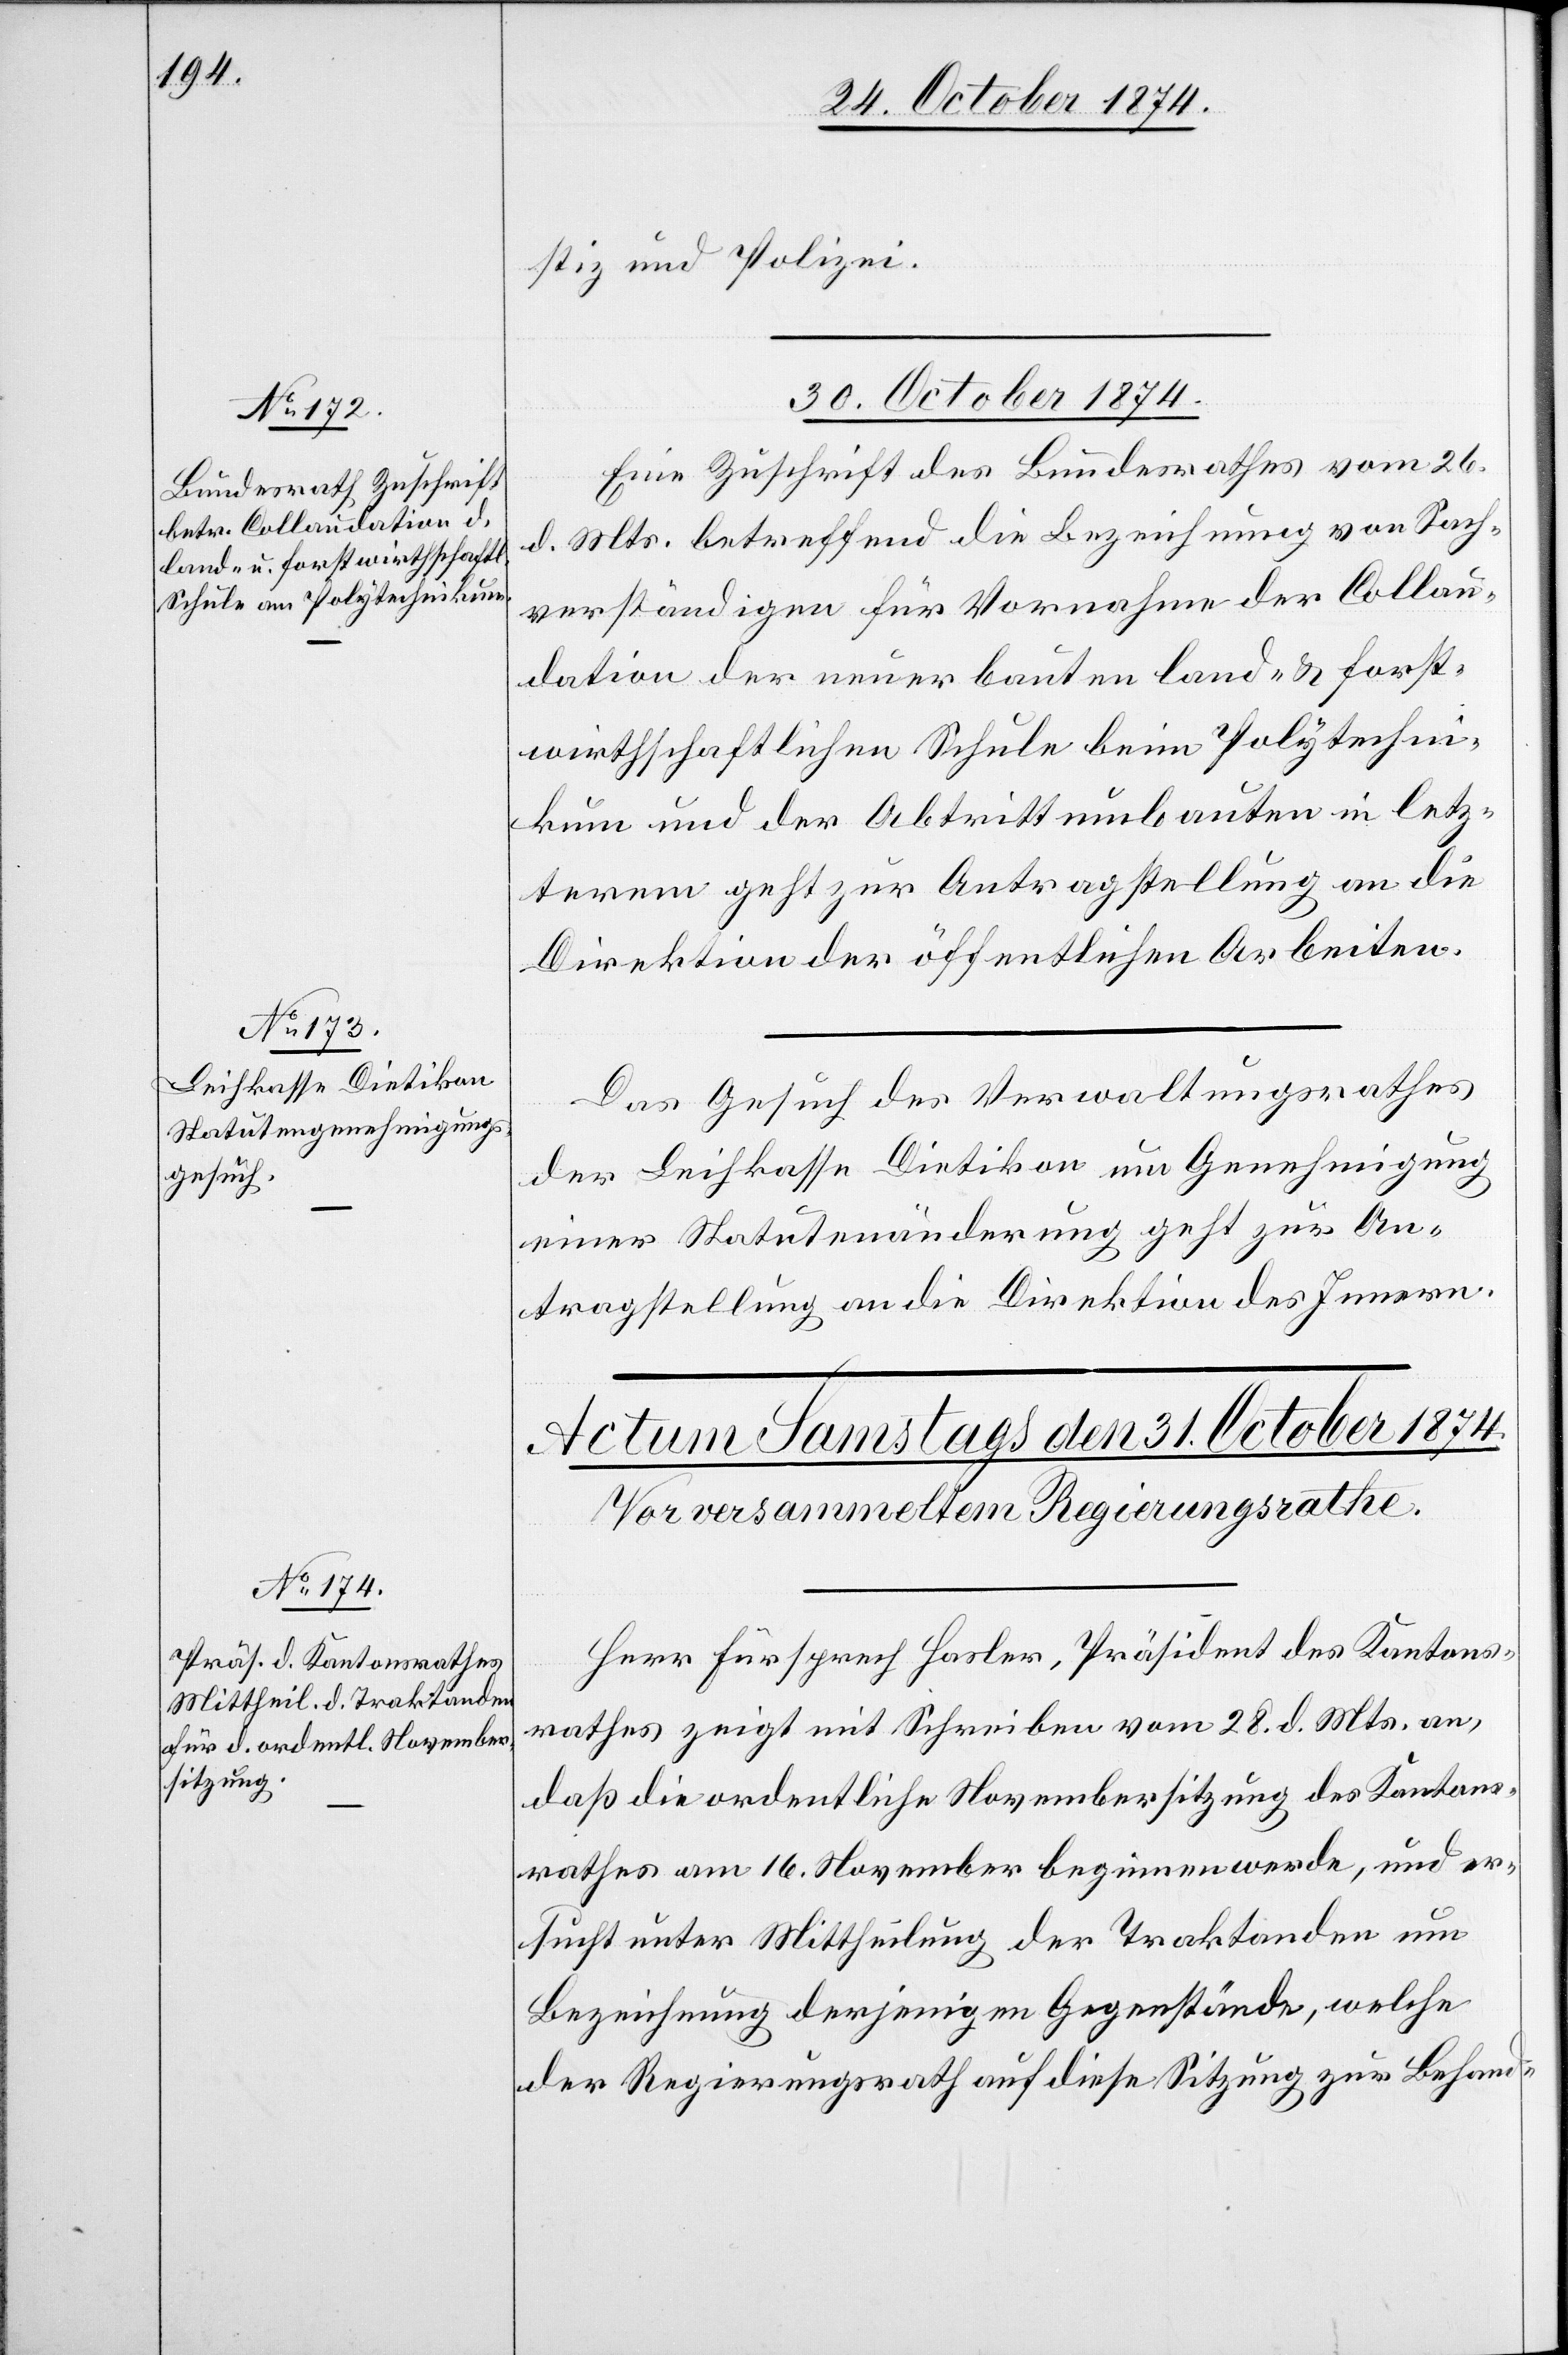
stiz und Polizei.
30. October 1874]
Eine Zuschrift des Bundesrathes vom 26.
d. Mts. betreffend die Bezeichnung von Sach¬
verständigen für Vornahme der Collau¬
dation der neuerbauten land- & forst¬
wirthschaftlichen Schule beim Polytechni¬
kum und der Abtrittumbauten in letz¬
terem geht zur Antragstellung an die
Direktion der öffentlichen Arbeiten.
Das Gesuch des Verwaltungsrathes
der Leihkasse Dietikon um Genehmigung
einer Statutenänderung geht zur An¬
tragstellung an die Direktion des Innern.
Herr Fürsprech Hasler, Präsident des Kantons¬
rathes zeigt mit Schreiben vom 28. d. Mts. an,
daß die ordentliche Novembersitzung des Kantons¬
rathes am 16. November beginnen werde, und er¬
sucht unter Mittheilung der Traktanden um
Bezeichnung derjenigen Gegenstände, welche
der Regierungsrath auf diese Sitzung zur Behand-